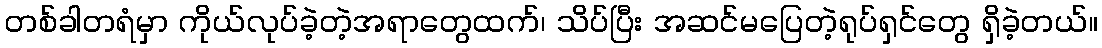
တစ်ခါတရံမှာ ကိုယ်လုပ်ခဲ့တဲ့အရာတွေထက်၊ သိပ်ပြီး အဆင်မပြေတဲ့ရုပ်ရှင်တွေ ရှိခဲ့တယ်။